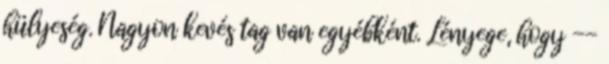
hülyeség. Nagyon kevés tag van egyébként. Lényege, hogy --